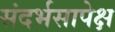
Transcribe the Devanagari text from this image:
संदर्भसापेक्ष